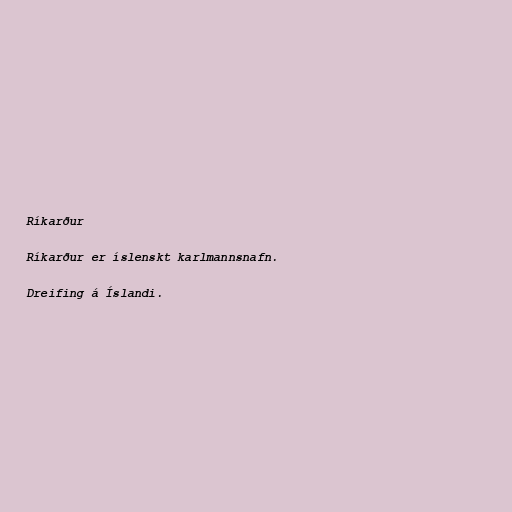
Ríkarður

Ríkarður er íslenskt karlmannsnafn.

Dreifing á Íslandi.